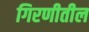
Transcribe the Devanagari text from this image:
गिरणीतील